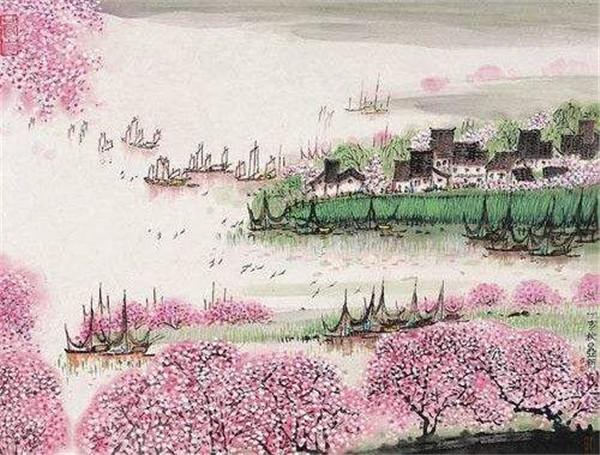
去年上巳洛桥边，今年寒食庐山曲。